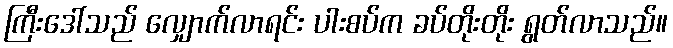
ကြီးဒေါ်သည် လျှောက်လာရင်း ပါးစပ်က ခပ်တိုးတိုး ရွတ်လာသည်။